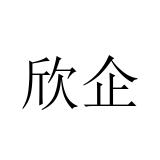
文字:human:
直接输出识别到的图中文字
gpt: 欣企